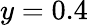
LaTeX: y=0.4